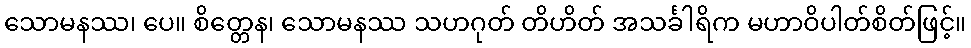
သောမနဿ၊ ပေ။ စိတ္တေန၊ သောမနဿ သဟဂုတ် တိဟိတ် အသင်္ခါရိက မဟာဝိပါတ်စိတ်ဖြင့်။